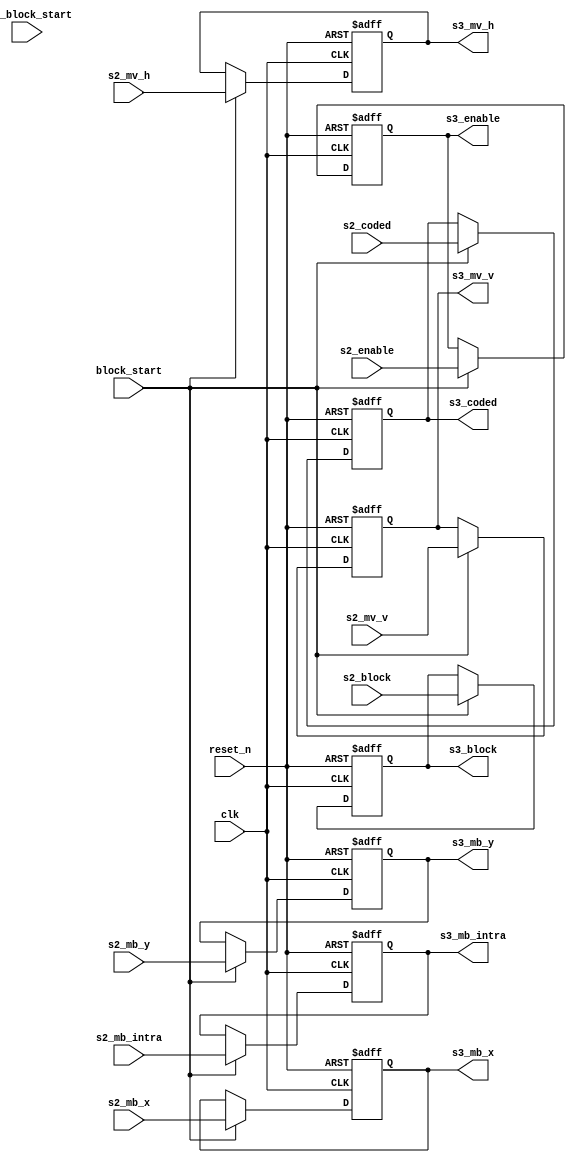
module m2vside3 #(
	parameter
	MVH_WIDTH = 16,
	MVV_WIDTH = 15,
	MBX_WIDTH = 6,
	MBY_WIDTH = 5
) (
	// common
	input        clk,
	input        reset_n,

	// from m2vside2
	input [(MVH_WIDTH-1):0] s2_mv_h,
	input [(MVV_WIDTH-1):0] s2_mv_v,
	input [(MBX_WIDTH-1):0] s2_mb_x,
	input [(MBY_WIDTH-1):0] s2_mb_y,
	input        s2_mb_intra,
	input  [2:0] s2_block,
	input        s2_coded,
	input        s2_enable,

	// from m2vctrl
	input        pre_block_start,
	input        block_start,

	// to m2vidct, m2vside4
	output [(MVH_WIDTH-1):0] s3_mv_h,
	output [(MVV_WIDTH-1):0] s3_mv_v,
	output [(MBX_WIDTH-1):0] s3_mb_x,
	output [(MBY_WIDTH-1):0] s3_mb_y,
	output       s3_mb_intra,
	output [2:0] s3_block,
	output       s3_coded,
	output       s3_enable
);

//--------------------------------------------------------------------------------
// Stage 3 (Latched by block_start pules)
//
reg [(MVH_WIDTH-1):0] s3_mv_h_r;
reg [(MVV_WIDTH-1):0] s3_mv_v_r;
reg [(MBX_WIDTH-1):0] s3_mb_x_r;
reg [(MBY_WIDTH-1):0] s3_mb_y_r;
reg       s3_mb_intra_r;
reg [2:0] s3_block_r;
reg       s3_coded_r;
reg       s3_enable_r;

// {{{
always @(posedge clk or negedge reset_n)
	if(~reset_n) begin
		s3_mv_h_r      <= 0;
		s3_mv_v_r      <= 0;
		s3_mb_x_r      <= 0;
		s3_mb_y_r      <= 0;
		s3_mb_intra_r  <= 1'b0;
		s3_block_r     <= 3'd0;
		s3_coded_r     <= 1'b0;
		s3_enable_r    <= 1'b0;
	end else if(block_start) begin
		s3_mv_h_r      <= s2_mv_h;
		s3_mv_v_r      <= s2_mv_v;
		s3_mb_x_r      <= s2_mb_x;
		s3_mb_y_r      <= s2_mb_y;
		s3_mb_intra_r  <= s2_mb_intra;
		s3_block_r     <= s2_block;
		s3_coded_r     <= s2_coded;
		s3_enable_r    <= s2_enable;
	end

assign s3_mv_h = s3_mv_h_r;
assign s3_mv_v = s3_mv_v_r;
assign s3_mb_x = s3_mb_x_r;
assign s3_mb_y = s3_mb_y_r;
assign s3_mb_intra = s3_mb_intra_r;
assign s3_block = s3_block_r;
assign s3_coded = s3_coded_r;
assign s3_enable = s3_enable_r;
// }}}

endmodule